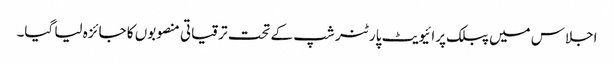
اجلاس میں پبلک پرائیویٹ پارٹنر شپ کے تحت ترقیاتی منصوبوں کا جائزہ لیا گیا۔